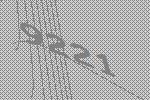
9221